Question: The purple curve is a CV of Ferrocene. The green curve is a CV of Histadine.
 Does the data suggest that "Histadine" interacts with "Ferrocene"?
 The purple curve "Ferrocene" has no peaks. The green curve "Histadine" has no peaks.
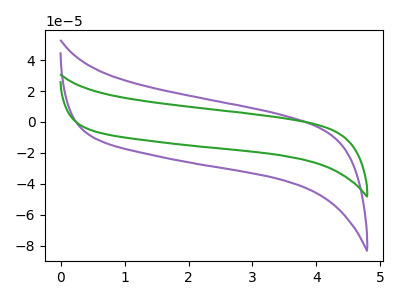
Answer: <think>Neither "Histadine" or "Ferrocene" have any peaks.
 </think>
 <answer>No, "Histadine" and "Ferrocene" don't appear to be significantly different in shape</answer>
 <eval>no_change</eval>